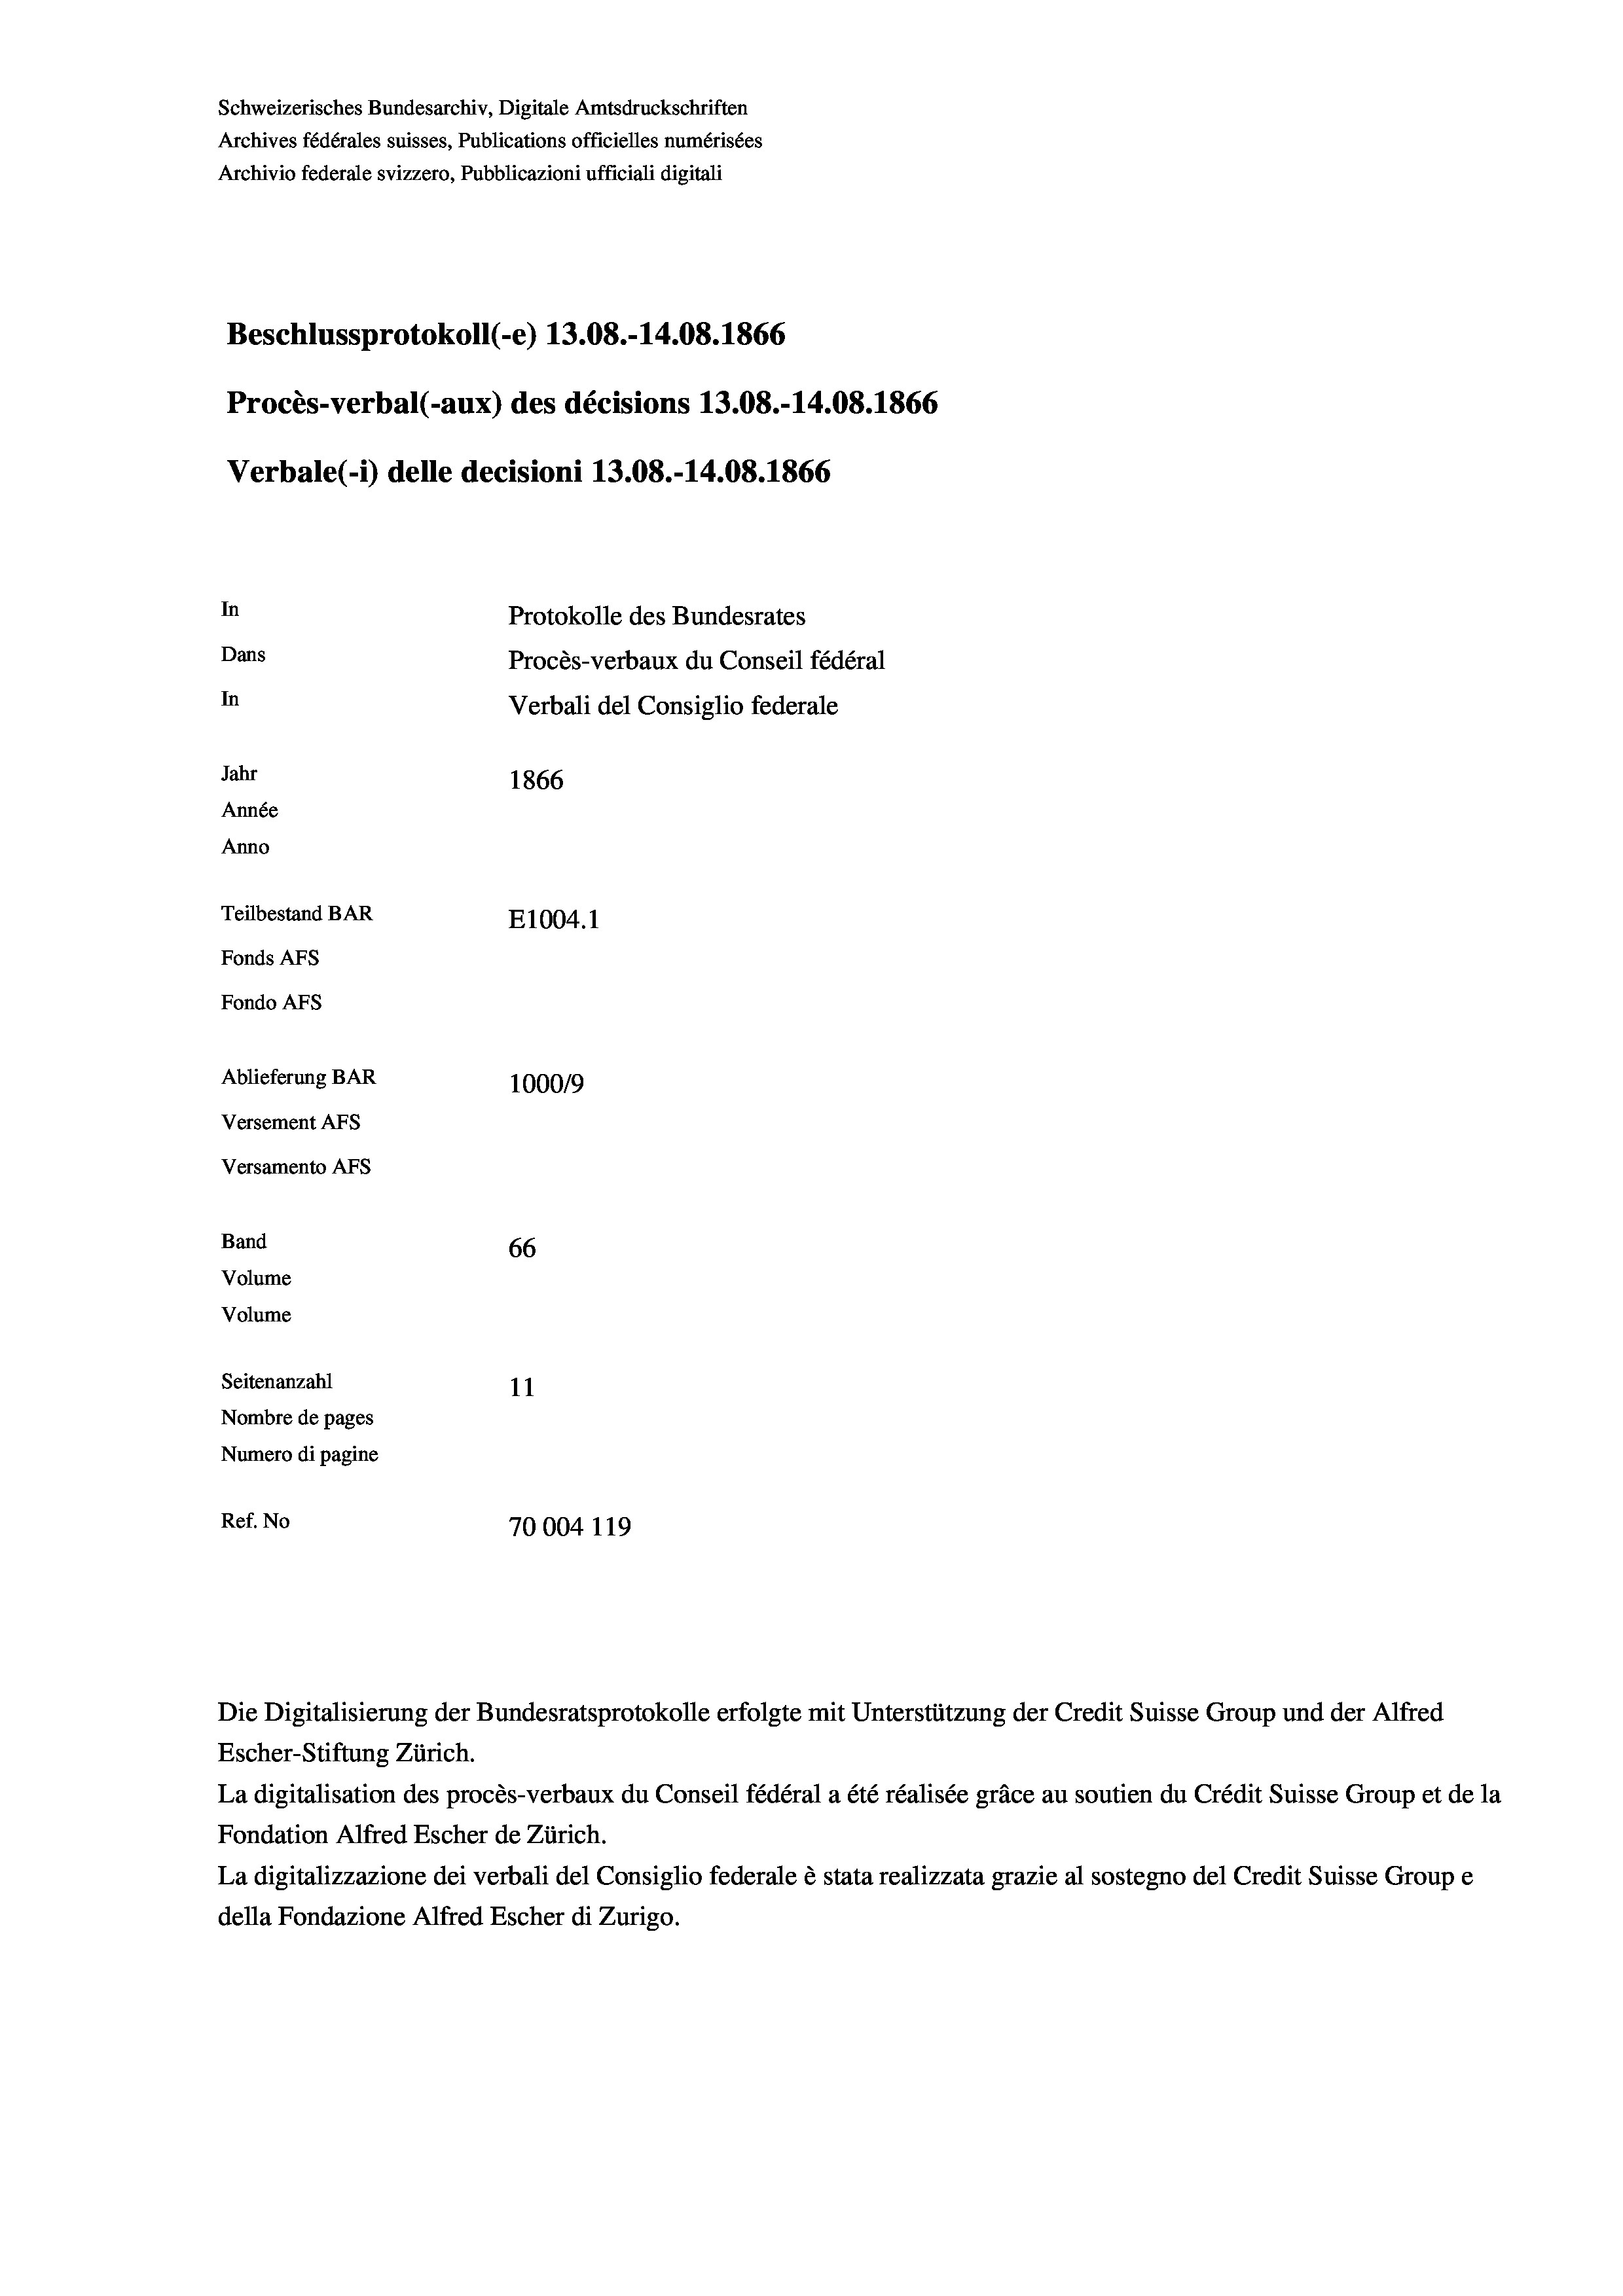
Schweizerisches Bundesarchiv, Digitale Amtsdruckschriften
Archives fédérales suisses, Publications officielles numérisées
Archivio federale svizzero, Pubblicazioni ufficiali digitali
Beschlussprotokoll (-e) 13.08.-14.08. 1866
Procès-verbal (-aux) des décisions 13.08.-14.08. 1866
Verbale (i) delle decisioni 13.08.-14.08. 1866
In
Protokolle des Bundesrates
Dans
Procès-verbaux du Conseil fédéral
In
Verbali del Consiglio federale
Jahr
1866
Année
Anno
Teilbestand BAR
E1004. 1
Fonds AFs
Fondo AFs
Ablieferung BAR
100019
Versement AFs
Versamento Afs
Band
66
Volume
Volume

Seitenanzahl
11
Nombre de pages
Numero di pagine
Ref. No
70004 119

Escher-Stiftung Zürich.
La digitalisation des procès-verbaux du Conseil fédéral a été réalisée gräce au soutien du Crédit Suisse Group et de la
Fondation Alfred Escher de Zürich.
La digitalizzazione dei verbali del Consiglio federale è stata realizzata grazie al sostegno del Credit Suisse Groupe
della Fondazione Alfred Escher di Zurigo.

Die Digitalisierung der Bundesratsprotokolle erfolgte mit Unterstützung der Credit Suisse Group und der Alfred